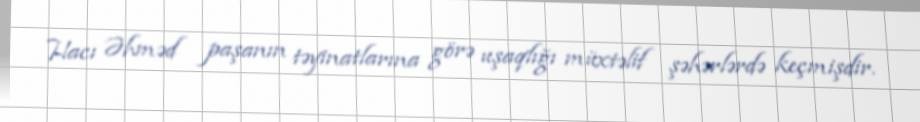
Hacı Əhməd paşanın təyinatlarına görə uşaqlığı müxtəlif şəhərlərdə keçmişdir.